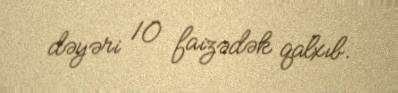
dəyəri 10 faizədək qalxıb.